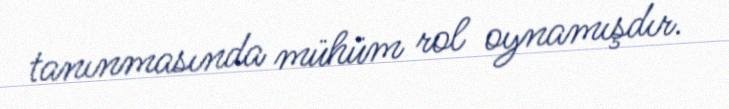
tanınmasında mühüm rol oynamışdır.